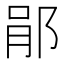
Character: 𨛡